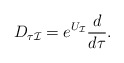
\begin{align*}D_{\tau\cal I}=e^{U_{\cal I}}\frac{d}{d\tau}.\end{align*}